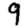
Digit: 9